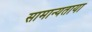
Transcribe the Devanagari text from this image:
सामान्यताया